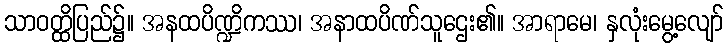
သာဝတ္ထိပြည်၌။ အနထပိဏ္ဍိကဿ၊ အနာထပိဏ်သူဌေး၏။ အာရာမေ၊ နှလုံးမွေ့လျော်